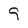
Character: 9